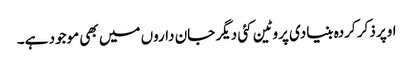
اوپر ذکر کردہ بنیادی پروٹین کئی دیگر جان داروں میں بھی موجود ہے۔